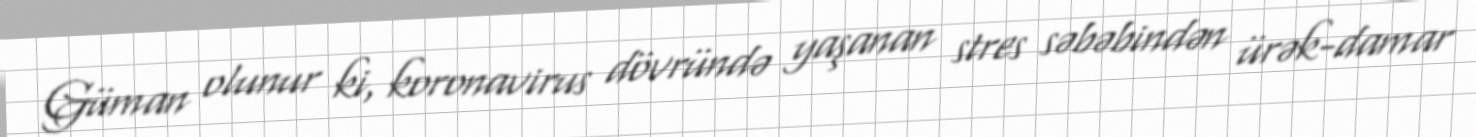
Güman olunur ki, koronavirus dövründə yaşanan stres səbəbindən ürək-damar